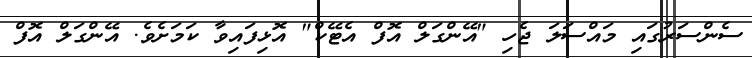
ސެންސަރުގައި މައްސަލަ ޖެހި "އޭންގަލް އޮފް އެޓޭކް" އޮޅިފައިވާ ކަމަށެވެ. އޭންގަލް އޮފް